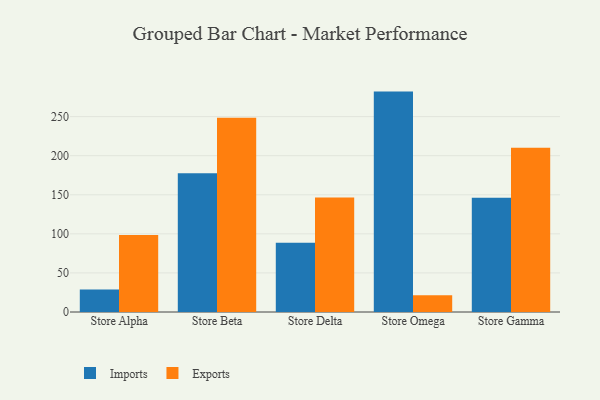
{"axis": {"x": "Store", "y": "Market Share (%)"}, "legend": ["Exports", "Imports"], "data": [{"x": "Store Alpha", "y": 28.8, "type": "Imports"}, {"x": "Store Alpha", "y": 98.4, "type": "Exports"}, {"x": "Store Beta", "y": 177.6, "type": "Imports"}, {"x": "Store Beta", "y": 248.6, "type": "Exports"}, {"x": "Store Delta", "y": 88.5, "type": "Imports"}, {"x": "Store Delta", "y": 146.6, "type": "Exports"}, {"x": "Store Omega", "y": 282.0, "type": "Imports"}, {"x": "Store Omega", "y": 21.3, "type": "Exports"}, {"x": "Store Gamma", "y": 146.1, "type": "Imports"}, {"x": "Store Gamma", "y": 210.3, "type": "Exports"}]}